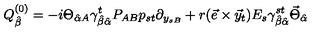
Q _ { \hat { \beta } } ^ { ( 0 ) } = - i \Theta _ { \hat { \alpha } A } \gamma _ { \hat { \beta } \hat { \alpha } } ^ { t } P _ { A B } p _ { s t } \partial _ { y _ { s B } } + r ( \vec { e } \times \vec { y } _ { t } ) E _ { s } \gamma _ { \hat { \beta } \hat { \alpha } } ^ { s t } \vec { \Theta } _ { \hat { \alpha } }